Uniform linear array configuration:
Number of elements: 8
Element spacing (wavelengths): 0.5
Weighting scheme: exponential
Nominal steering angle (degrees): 60
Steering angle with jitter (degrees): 59.598
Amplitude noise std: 0.05
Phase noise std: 0.05

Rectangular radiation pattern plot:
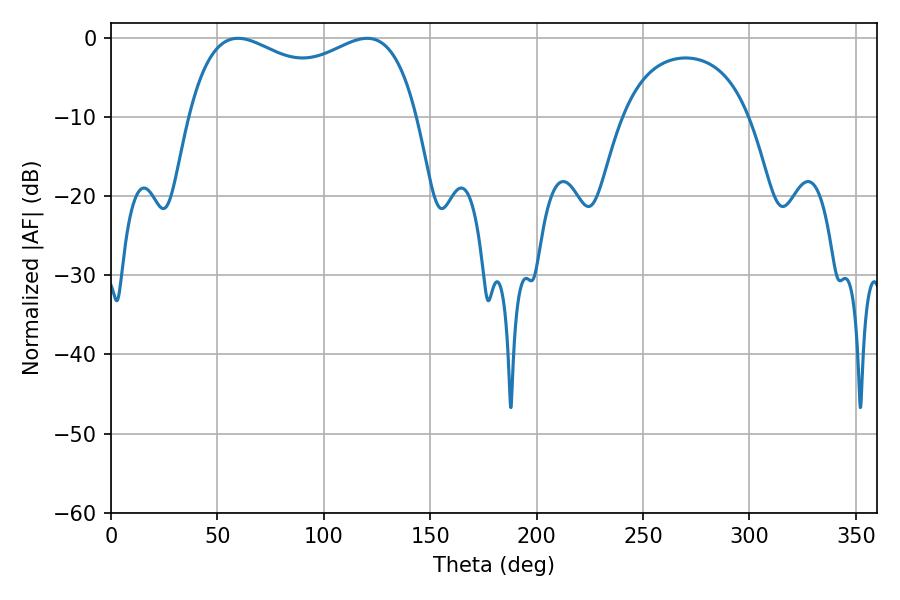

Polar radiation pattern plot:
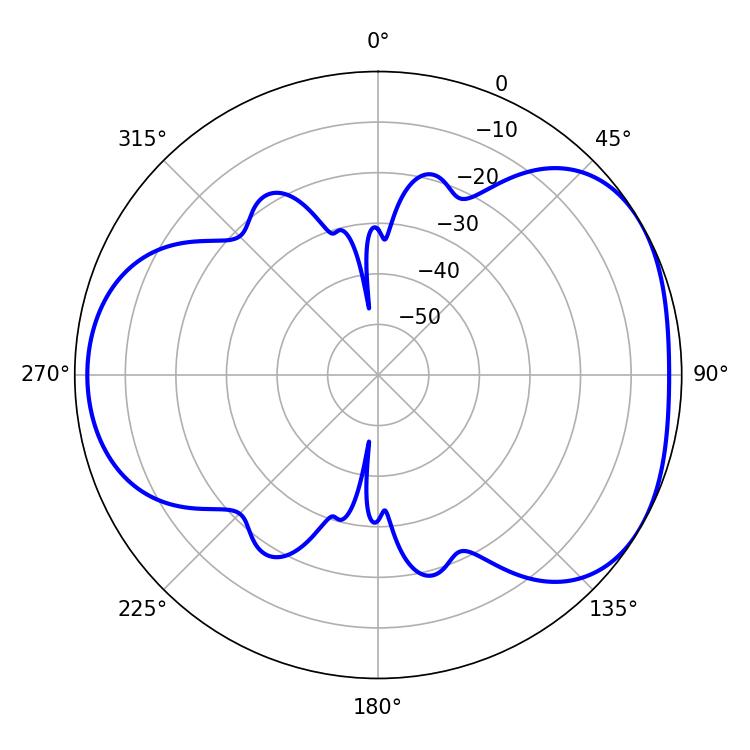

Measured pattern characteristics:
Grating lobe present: FALSE
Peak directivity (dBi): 4.277
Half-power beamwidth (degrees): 88.92
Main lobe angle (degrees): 59.58